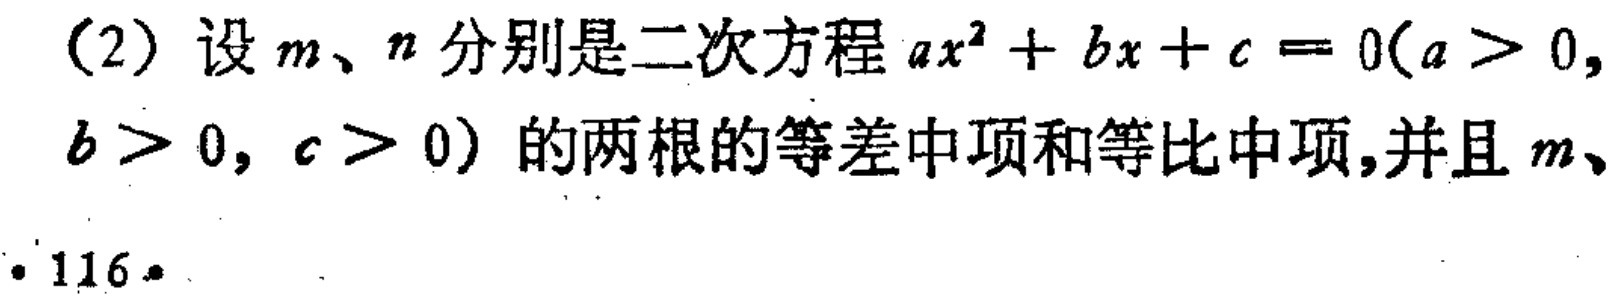
(2) 设\(m\)、\(n\)分别是二次方程\(ax^{2}+bx + c = 0(a>0,\) \(b > 0,\ c>0)\)的两根的等差中项和等比中项,并且\(m\)、
· \(116\)·